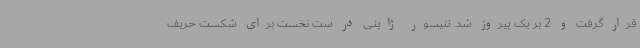
قرار گرفت و 2 بر یک پیروز شد. تنیسور ژاپنی در ست نخست برای شکست حریف